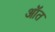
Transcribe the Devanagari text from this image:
ऑत